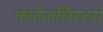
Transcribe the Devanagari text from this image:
फाईनालिस्टस